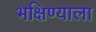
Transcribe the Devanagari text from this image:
भक्षिण्याला